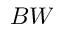
B W